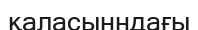
қаласынндағы